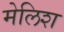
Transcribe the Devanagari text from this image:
मेलिश